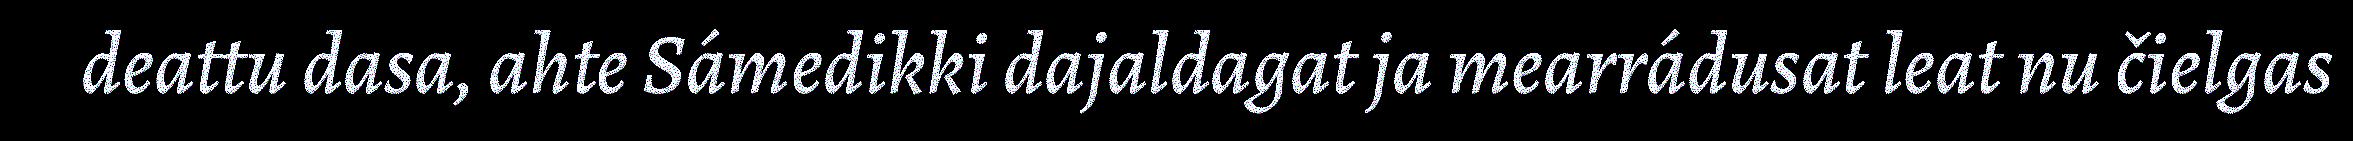
deattu dasa, ahte Sámedikki dajaldagat ja mearrádusat leat nu čielgas